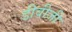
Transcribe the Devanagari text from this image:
डीवीजी